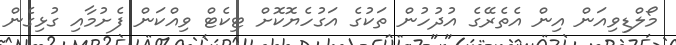
މޯލްޑިވިއަން އިން އެތެރޭގެ އުދުހުން ތަކުގެ އަގުހެޔޮކޮށް ޓިކެޓް ވިއްކަން ފެށުމާއި ގުޅިގެން